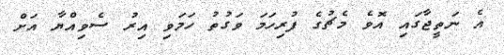
އެ ނަތީޖާގައި އޮވެ މެޗުގެ ފުރިހަމަ ވަގުތު ހަމަވި އިރު ސެވިއްޔާ އަށް